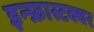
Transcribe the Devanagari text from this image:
इन्फ्रास्टक्चर